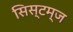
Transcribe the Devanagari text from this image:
सिस्टम्ज